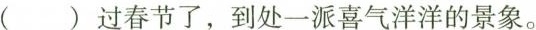
( )过春节了，到处一派喜气洋洋的景象。